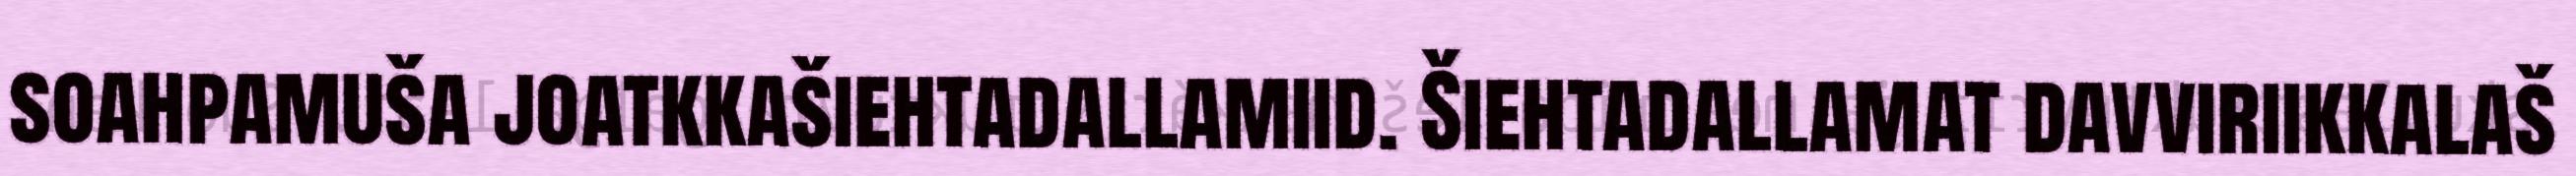
soahpamuša joatkkašiehtadallamiid. Šiehtadallamat davviriikkalaš